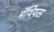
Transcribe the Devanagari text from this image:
मॅथियस